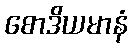
စောဒိယမာနံ